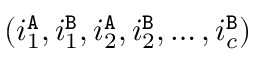
( i _ { 1 } ^ { \tt A } , i _ { 1 } ^ { \tt B } , i _ { 2 } ^ { \tt A } , i _ { 2 } ^ { \tt B } , \ldots , i _ { c } ^ { \tt B } )